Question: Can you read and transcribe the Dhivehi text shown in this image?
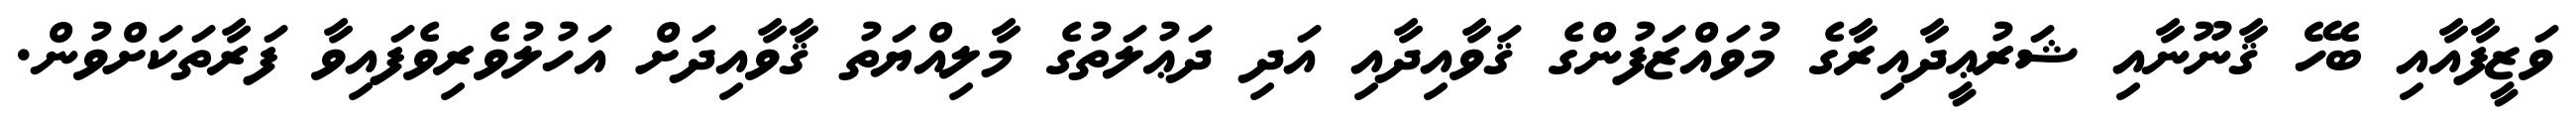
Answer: ވަޒީފާއާއި ބެހޭ ޤާނޫނާއި ޝަރުޢީދާއިރާގެ މުވައްޒަފުންގެ ޤަވާއިދާއި އަދި ދަޢުލަތުގެ މާލިއްޔަތު ޤާވާއިދަށް އަހުލުވެރިވެފައިވާ ފަރާތަކަށްވުން.